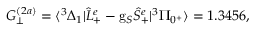
G _ { \perp } ^ { ( 2 a ) } = \langle ^ { 3 } \Delta _ { 1 } | \hat { L } _ { + } ^ { e } - \mathrm { g } _ { S } \hat { S } _ { + } ^ { e } | ^ { 3 } \Pi _ { 0 ^ { + } } \rangle = 1 . 3 4 5 6 ,